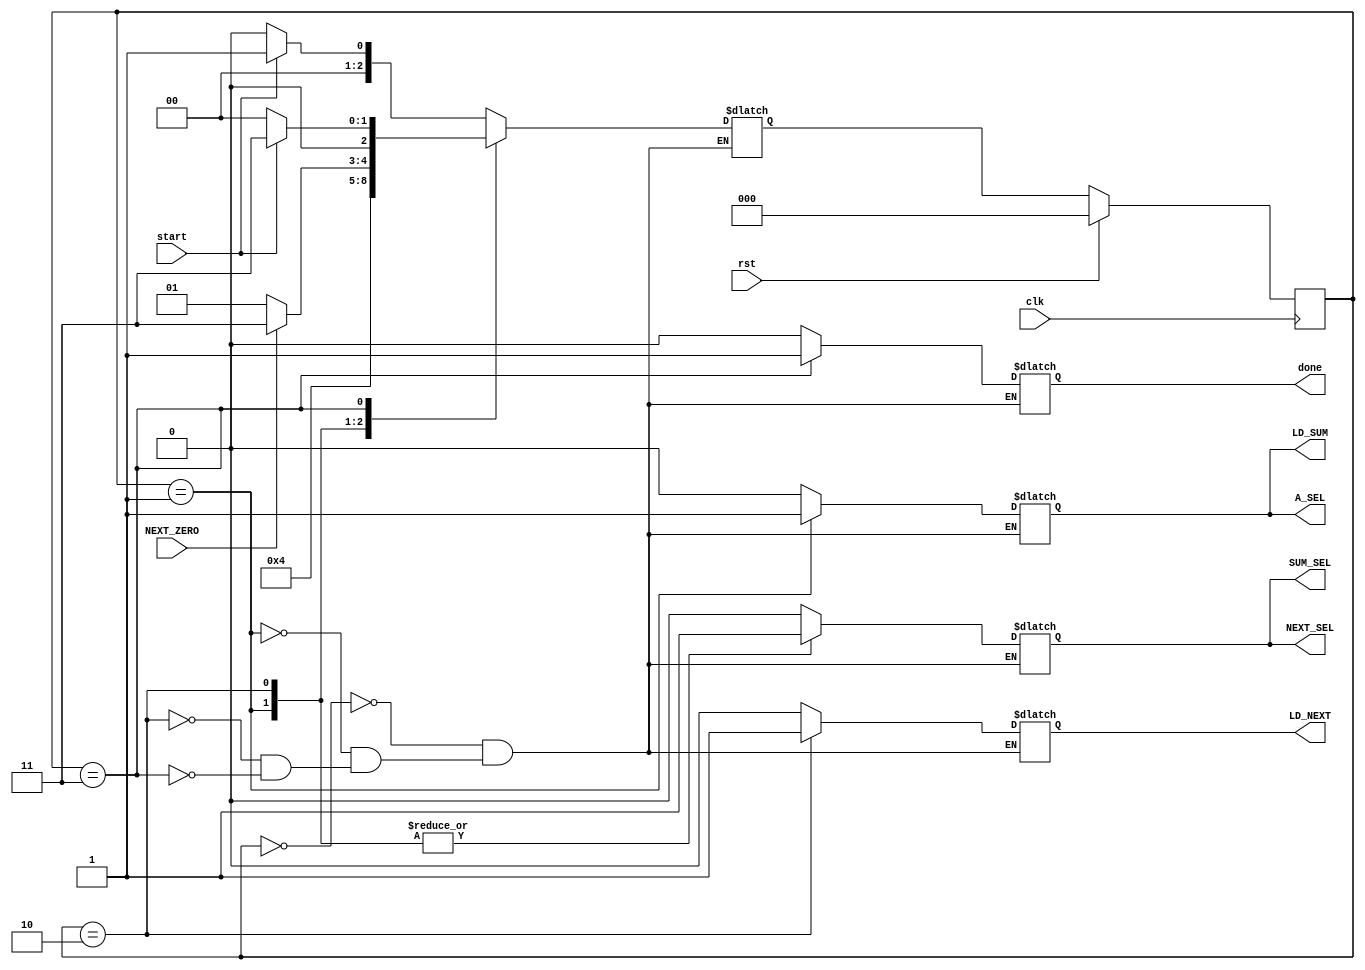
`timescale 1ns / 1ps

module FSM(clk,rst,start,NEXT_ZERO,LD_SUM,LD_NEXT,SUM_SEL,NEXT_SEL,A_SEL,done);
    input clk;
    input rst;
    input start;
    input NEXT_ZERO;
    output reg LD_SUM;
    output reg LD_NEXT;
    output reg SUM_SEL;
    output reg NEXT_SEL;
    output reg A_SEL;
    output reg done;
    
    reg [2:0]State;
    reg [2:0]StateNext;
    
    initial 
    begin
        LD_SUM=0;
        LD_NEXT=0;
        SUM_SEL=0;
        NEXT_SEL=0;
        A_SEL=0;
        done=0;
        State = 0;
    end
    
    always@(*)
    begin
        case (State)
            0:begin
                {LD_SUM,LD_NEXT,SUM_SEL,NEXT_SEL,A_SEL,done}=6'b000000;
                if (start==1) 
                    StateNext<=1;
                else
                    StateNext<=0;
              end
            1:begin
                {LD_SUM,LD_NEXT,SUM_SEL,NEXT_SEL,A_SEL,done}=6'b101110;
                StateNext<=2;
              end
            2:begin
                {LD_SUM,LD_NEXT,SUM_SEL,NEXT_SEL,A_SEL,done}=6'b011100;
                if (NEXT_ZERO)
                    StateNext<=3;
                 else
                    StateNext<=1;
              end
            3:begin
                {LD_SUM,LD_NEXT,SUM_SEL,NEXT_SEL,A_SEL,done}=6'b000001;
                if (start==1)
                    StateNext<=3;
                else 
                    StateNext<=0;
              end
          endcase
    end
    
    always@(posedge clk)
    begin
        if (rst == 1)
            State <= 0 ;
        else 
            State <= StateNext; 
    end
endmodule